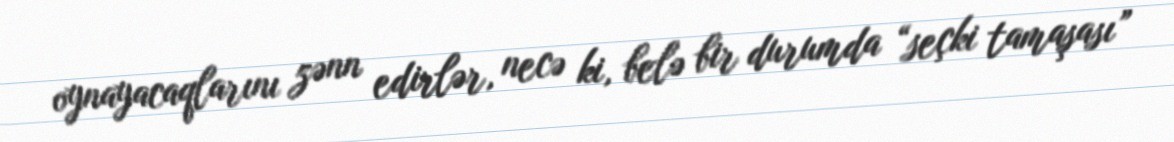
oynayacaqlarını zənn edirlər, necə ki, belə bir durumda “seçki tamaşası”